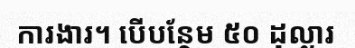
ការងារ។ បើបន្ថែម ៥០ ដុល្លារ